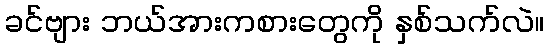
ခင်ဗျား ဘယ်အားကစားတွေကို နှစ်သက်လဲ။